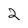
Character: 2